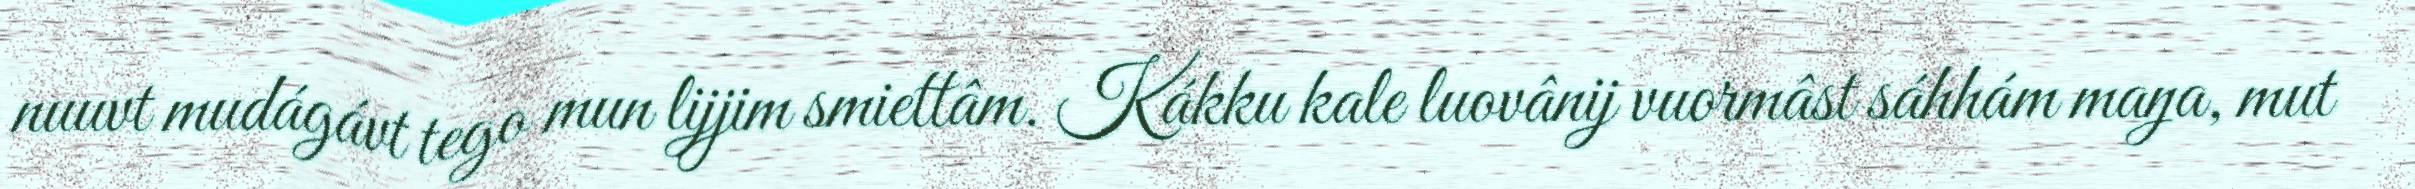
nuuvt mudágávt tego mun lijjim smiettâm. Kákku kale luovânij vuormâst sáhhám maŋa, mut